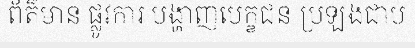
ព័ត៌មាន ផ្លូវការ បង្ហាញបេក្ខជន ប្រឡងជាប់